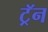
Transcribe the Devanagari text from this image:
ट्रॅन